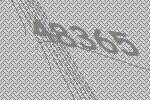
48365